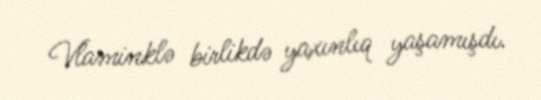
Vlaminklə birlikdə yaxınlıq yaşamışdı.